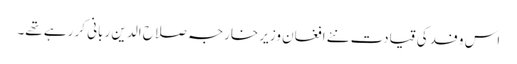
اس وفد کی قیادت نئے افغان وزیر خارجہ صلاح الدین ربانی کر رہے تھے۔